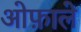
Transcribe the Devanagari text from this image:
ओफ़ाले